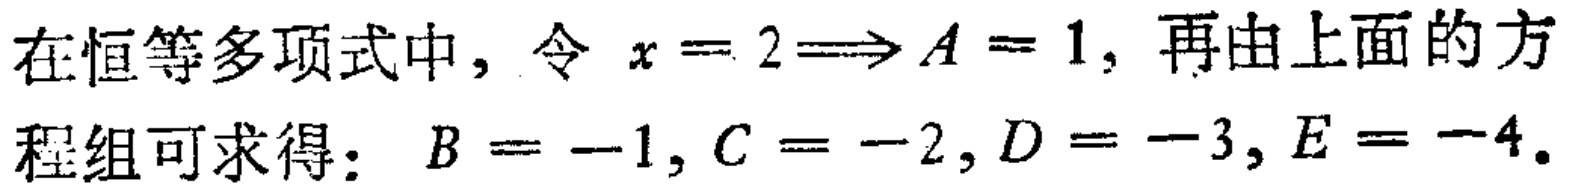
在恒等多项式中，令 \(x = 2\Longrightarrow A = 1\)，再由上面的方程组可求得： \(B = -1, C = -2, D = -3, E = -4\)。